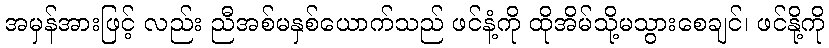
အမှန်အားဖြင့် လည်း ညီအစ်မနှစ်ယောက်သည် ဖင်နံ့ကို ထိုအိမ်သို့မသွားစေချင်၊ ဖင်နို့ကို